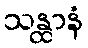
သန္ထာနံ